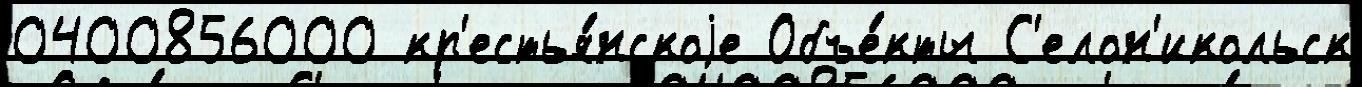
0400856000 кр'естья́нскоjе Объе́кты С'елон'икольск